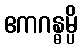
ဧကဂန္ဓမ္ပိ